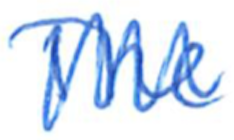
Text: The
Cross-out: zig-zag
Writing tool: ballpoint